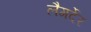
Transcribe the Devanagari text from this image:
लैगर्देर